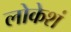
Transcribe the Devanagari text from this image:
लोकेशं